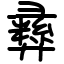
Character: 彞